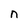
Character: n